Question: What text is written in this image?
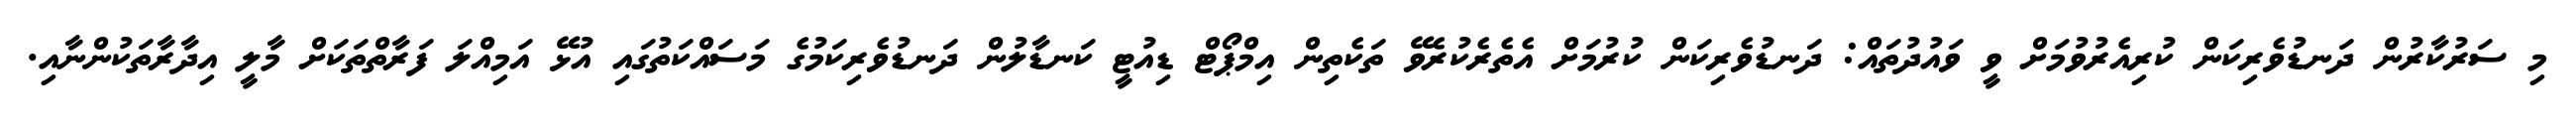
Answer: މި ސަރުކާރުން ދަނޑުވެރިކަން ކުރިއެރުވުމަށް ވީ ވައުދުތައް: ދަނޑުވެރިކަން ކުރުމަށް އެތެރެކުރެވޭ ތަކެތިން އިމްޕޯޓް ޑިއުޓީ ކަނޑާލުން ދަނޑުވެރިކަމުގެ މަސައްކަތުގައި އުޅޭ އަމިއްލަ ފަރާތްތަކަށް މާލީ އިދާރާތަކުންނާއި.